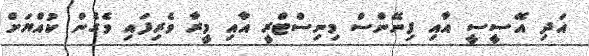
އަދި އޭސީސީ އާއި ފިނޭންސް މިނިސްޓްރީ އާއި މީރާ ވެރިފައި ވެގެން ކުއްޔަށް